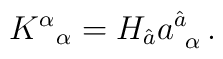
K^{ \alpha}{}_\alpha = H_{\hat a} a^{\hat a}_{~\alpha}\, .